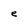
Character: e